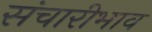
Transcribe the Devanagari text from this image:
संचारीभाव